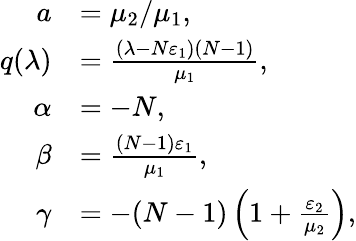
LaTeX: \begin{array}{rl}{a}&{=\mu_{2}/\mu_{1},}\\ {q(\lambda)}&{=\frac{(\lambda-N\varepsilon_{1})(N-1)}{\mu_{1}},}\\ {\alpha}&{=-N,}\\ {\beta}&{=\frac{(N-1)\varepsilon_{1}}{\mu_{1}},}\\ {\gamma}&{=-(N-1)\left(1+\frac{\varepsilon_{2}}{\mu_{2}}\right),}\end{array}